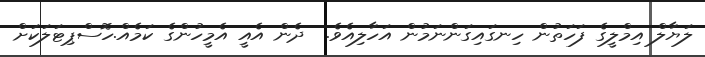
ލަޔާލް އިމްލީގެ ފަހަތުން ހިނގައިގަންނަމުން އަހާލިއެވެ.  ދެން އެއީ އެމީހުންގެ ކަމެއް.ހޮސްޕިޓަލަކަށް